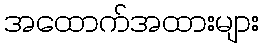
အထောက်အထားများ